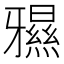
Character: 𱭨